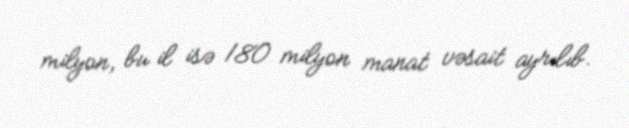
milyon, bu il isə 180 milyon manat vəsait ayrılıb.